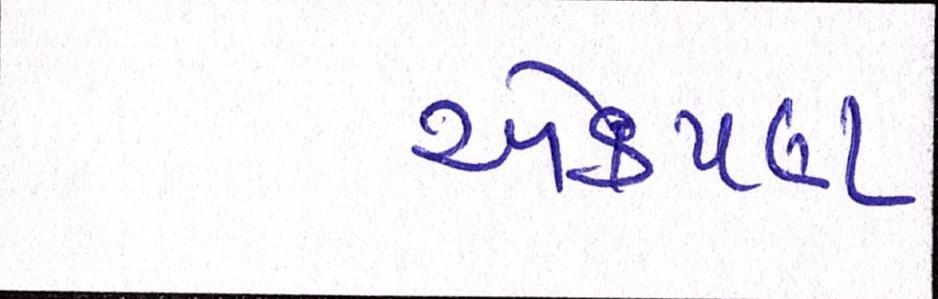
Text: એકપણ